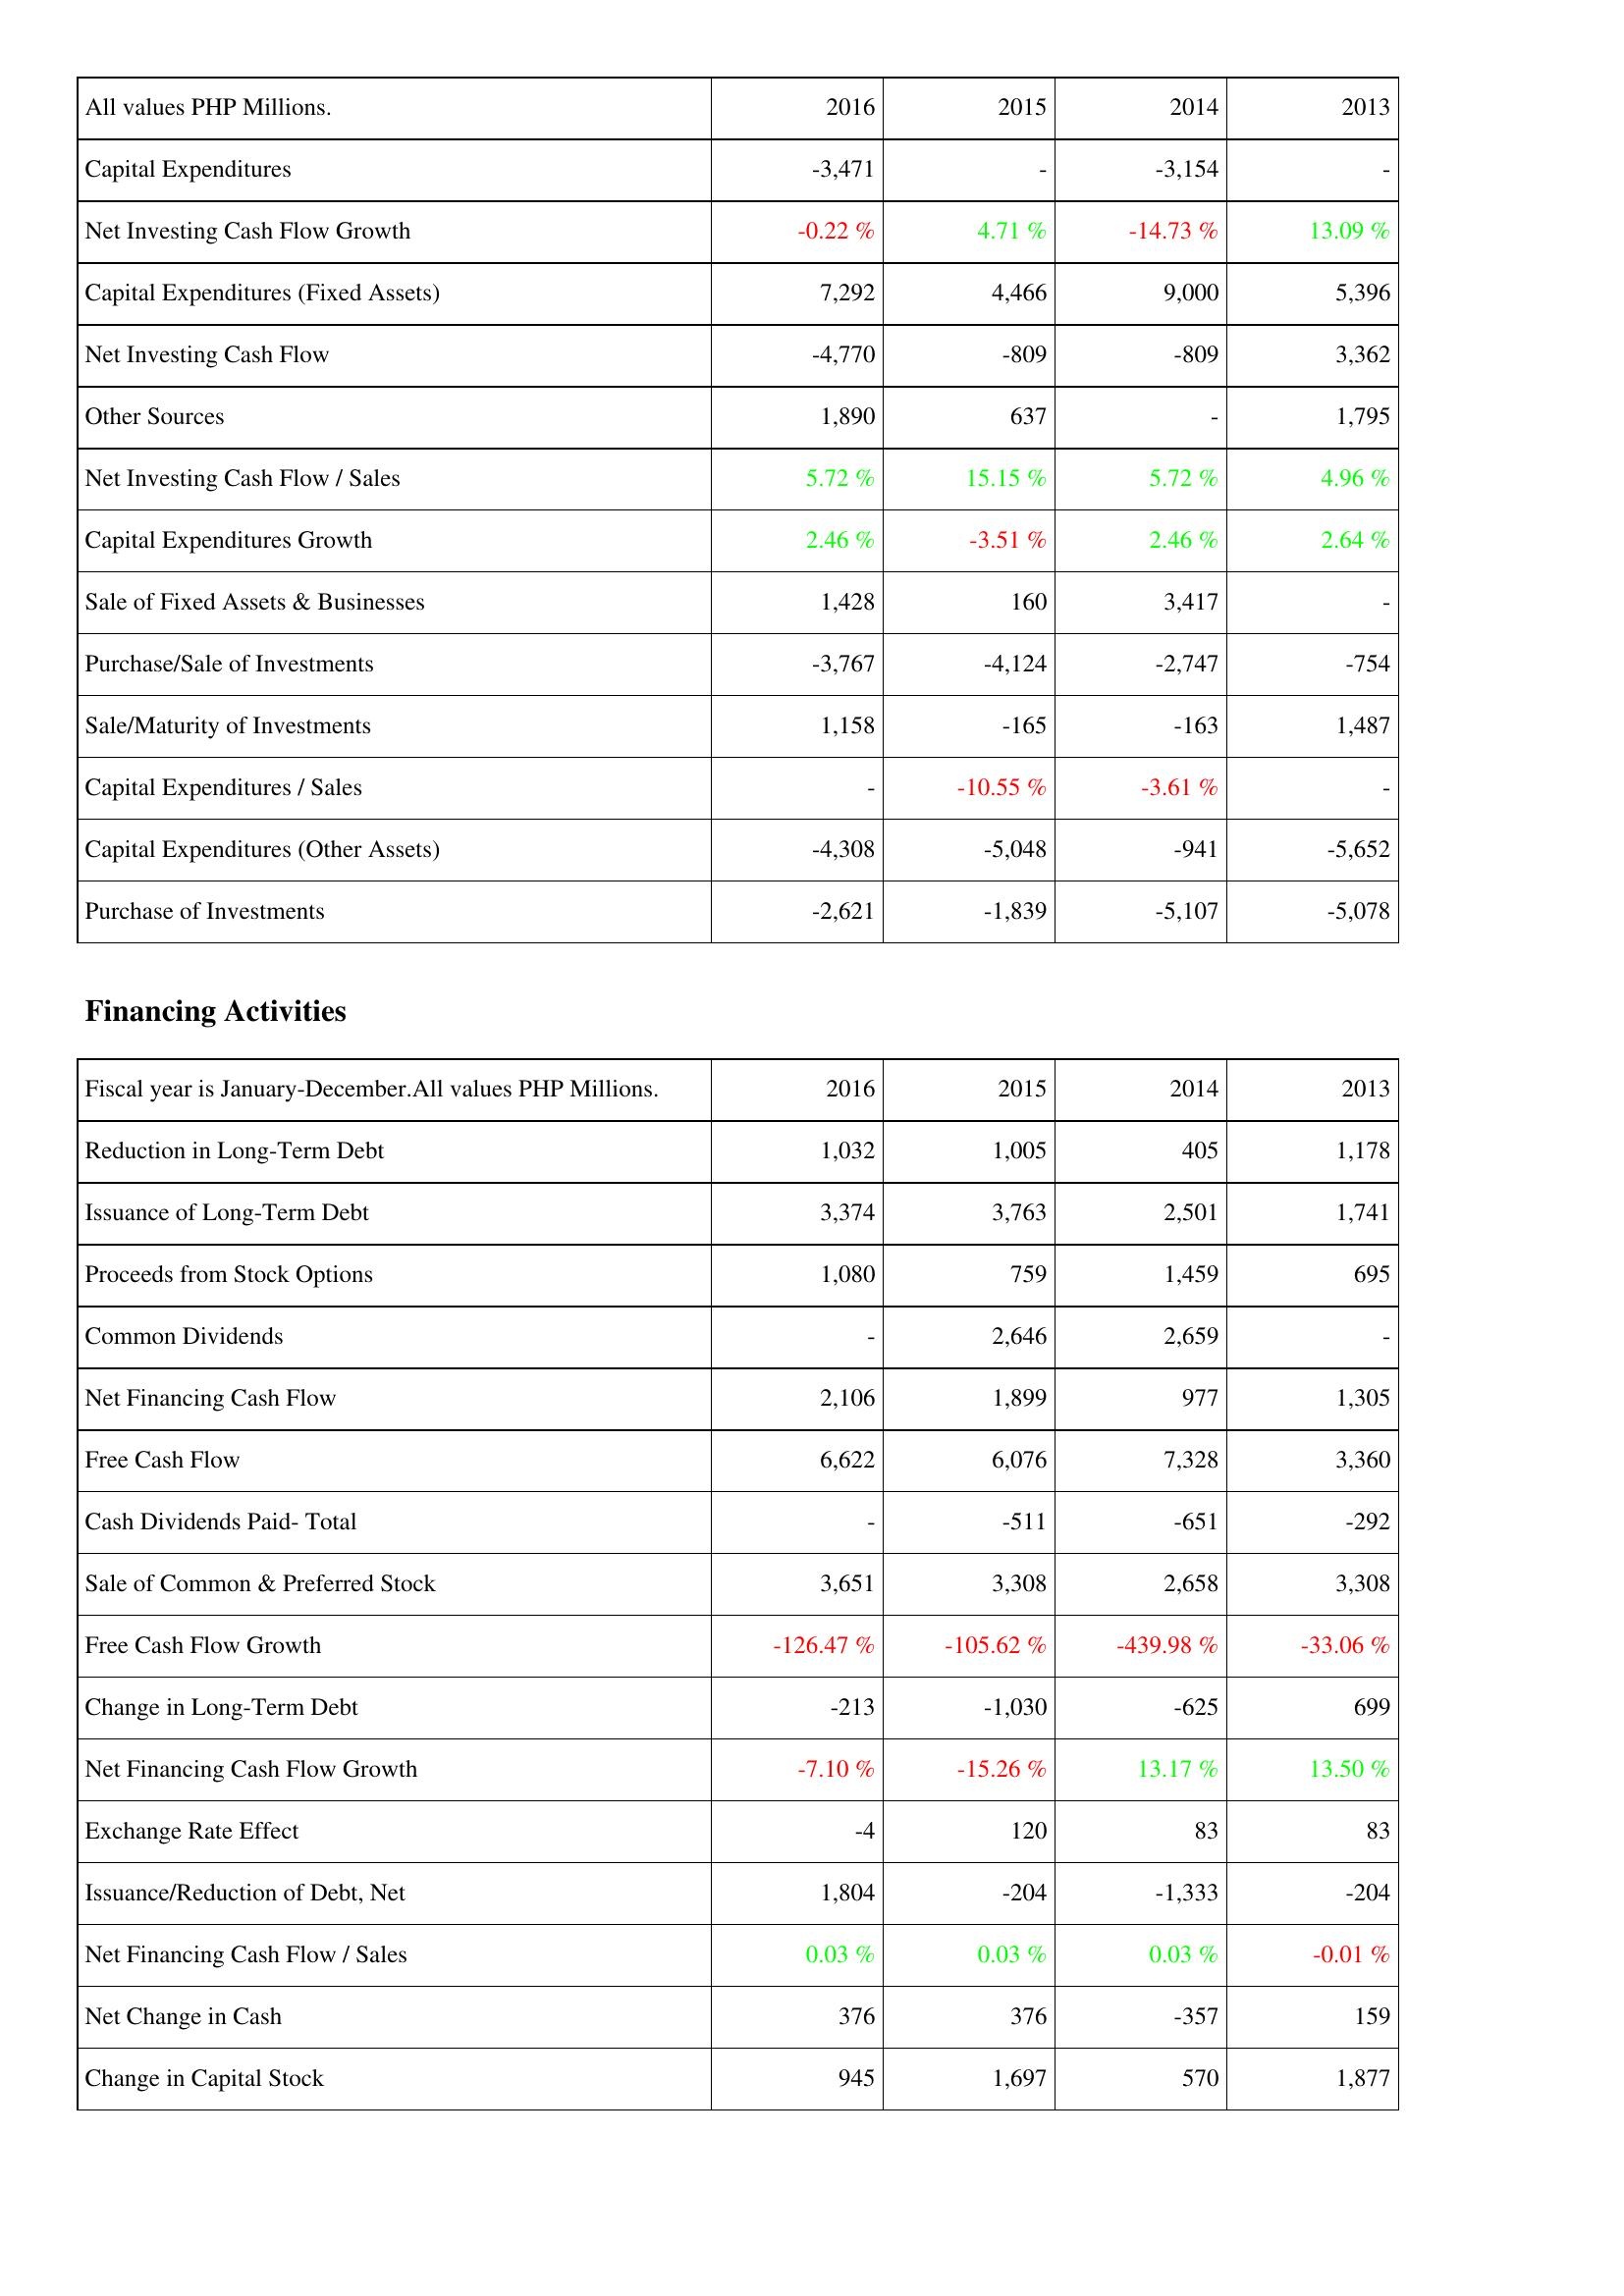
2016: Investing Activities: Capital Expenditures: -3,471
Net Investing Cash Flow Growth: -0.22 %
Capital Expenditures (Fixed Assets): 7,292
Net Investing Cash Flow: -4,770
Other Sources: 1,890
Net Investing Cash Flow / Sales: 5.72 %
Capital Expenditures Growth: 2.46 %
Sale of Fixed Assets & Businesses: 1,428
Purchase/Sale of Investments: -3,767
Sale/Maturity of Investments: 1,158
Capital Expenditures / Sales: -
Capital Expenditures (Other Assets): -4,308
Purchase of Investments: -2,621
Financing Activities: Reduction in Long-Term Debt: 1,032
Issuance of Long-Term Debt: 3,374
Proceeds from Stock Options: 1,080
Common Dividends: -
Net Financing Cash Flow: 2,106
Free Cash Flow: 6,622
Cash Dividends Paid- Total: -
Sale of Common & Preferred Stock: 3,651
Free Cash Flow Growth: -126.47 %
Change in Long-Term Debt: -213
Net Financing Cash Flow Growth: -7.10 %
Exchange Rate Effect: -4
Issuance/Reduction of Debt, Net: 1,804
Net Financing Cash Flow / Sales: 0.03 %
Net Change in Cash: 376
Change in Capital Stock: 945
2015: Investing Activities: Capital Expenditures: -
Net Investing Cash Flow Growth: 4.71 %
Capital Expenditures (Fixed Assets): 4,466
Net Investing Cash Flow: -809
Other Sources: 637
Net Investing Cash Flow / Sales: 15.15 %
Capital Expenditures Growth: -3.51 %
Sale of Fixed Assets & Businesses: 160
Purchase/Sale of Investments: -4,124
Sale/Maturity of Investments: -165
Capital Expenditures / Sales: -10.55 %
Capital Expenditures (Other Assets): -5,048
Purchase of Investments: -1,839
Financing Activities: Reduction in Long-Term Debt: 1,005
Issuance of Long-Term Debt: 3,763
Proceeds from Stock Options: 759
Common Dividends: 2,646
Net Financing Cash Flow: 1,899
Free Cash Flow: 6,076
Cash Dividends Paid- Total: -511
Sale of Common & Preferred Stock: 3,308
Free Cash Flow Growth: -105.62 %
Change in Long-Term Debt: -1,030
Net Financing Cash Flow Growth: -15.26 %
Exchange Rate Effect: 120
Issuance/Reduction of Debt, Net: -204
Net Financing Cash Flow / Sales: 0.03 %
Net Change in Cash: 376
Change in Capital Stock: 1,697
2014: Investing Activities: Capital Expenditures: -3,154
Net Investing Cash Flow Growth: -14.73 %
Capital Expenditures (Fixed Assets): 9,000
Net Investing Cash Flow: -809
Other Sources: -
Net Investing Cash Flow / Sales: 5.72 %
Capital Expenditures Growth: 2.46 %
Sale of Fixed Assets & Businesses: 3,417
Purchase/Sale of Investments: -2,747
Sale/Maturity of Investments: -163
Capital Expenditures / Sales: -3.61 %
Capital Expenditures (Other Assets): -941
Purchase of Investments: -5,107
Financing Activities: Reduction in Long-Term Debt: 405
Issuance of Long-Term Debt: 2,501
Proceeds from Stock Options: 1,459
Common Dividends: 2,659
Net Financing Cash Flow: 977
Free Cash Flow: 7,328
Cash Dividends Paid- Total: -651
Sale of Common & Preferred Stock: 2,658
Free Cash Flow Growth: -439.98 %
Change in Long-Term Debt: -625
Net Financing Cash Flow Growth: 13.17 %
Exchange Rate Effect: 83
Issuance/Reduction of Debt, Net: -1,333
Net Financing Cash Flow / Sales: 0.03 %
Net Change in Cash: -357
Change in Capital Stock: 570
2013: Investing Activities: Capital Expenditures: -
Net Investing Cash Flow Growth: 13.09 %
Capital Expenditures (Fixed Assets): 5,396
Net Investing Cash Flow: 3,362
Other Sources: 1,795
Net Investing Cash Flow / Sales: 4.96 %
Capital Expenditures Growth: 2.64 %
Sale of Fixed Assets & Businesses: -
Purchase/Sale of Investments: -754
Sale/Maturity of Investments: 1,487
Capital Expenditures / Sales: -
Capital Expenditures (Other Assets): -5,652
Purchase of Investments: -5,078
Financing Activities: Reduction in Long-Term Debt: 1,178
Issuance of Long-Term Debt: 1,741
Proceeds from Stock Options: 695
Common Dividends: -
Net Financing Cash Flow: 1,305
Free Cash Flow: 3,360
Cash Dividends Paid- Total: -292
Sale of Common & Preferred Stock: 3,308
Free Cash Flow Growth: -33.06 %
Change in Long-Term Debt: 699
Net Financing Cash Flow Growth: 13.50 %
Exchange Rate Effect: 83
Issuance/Reduction of Debt, Net: -204
Net Financing Cash Flow / Sales: -0.01 %
Net Change in Cash: 159
Change in Capital Stock: 1,877